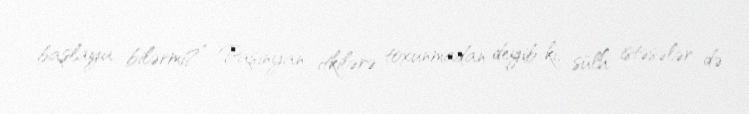
başlaya bilərmi?” Paşinyan itkilərə toxunmadan deyib ki, sülh istəsələr də